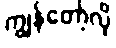
ကျွန်တော့်လို